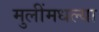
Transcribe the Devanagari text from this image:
मुलींमधल्या